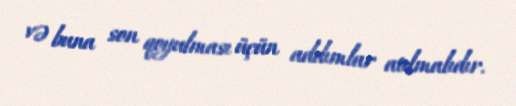
və buna son qoyulması üçün addımlar atılmalıdır.